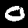
Label: 0